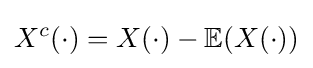
X^{c}(\cdot )=X(\cdot )-\mathbb {E} (X(\cdot ))